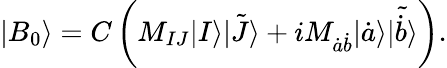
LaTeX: |B_{0}\rangle=C\left(M_{IJ}|I\rangle\tilde{|J\rangle}+iM_{\dot{a}\dot{b}}|\dot{a}\rangle\tilde{|\dot{b}\rangle}\right).